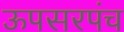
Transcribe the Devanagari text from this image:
ऊपसरपंच